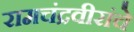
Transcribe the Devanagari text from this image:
रामचंद्रवीरांचे